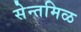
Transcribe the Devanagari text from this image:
सेन्तमिळ